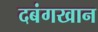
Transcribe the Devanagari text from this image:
दबंगखान